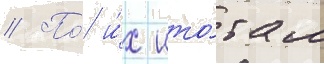
// По́ и́х ито́гам